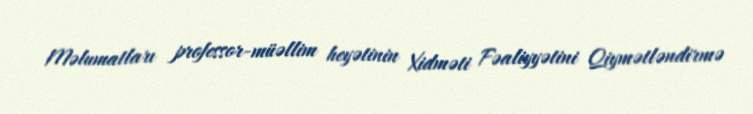
Məlumatları professor-müəllim heyətinin Xidməti Fəaliyyətini Qiymətləndirmə